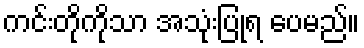
ကင်းတိုကိုသာ အသုံးပြုရ ပေမည်။